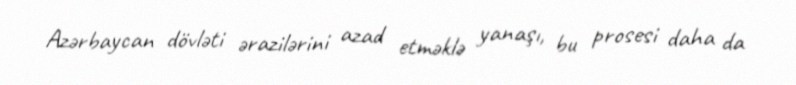
Azərbaycan dövləti ərazilərini azad etməklə yanaşı, bu prosesi daha da